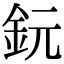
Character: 鈨